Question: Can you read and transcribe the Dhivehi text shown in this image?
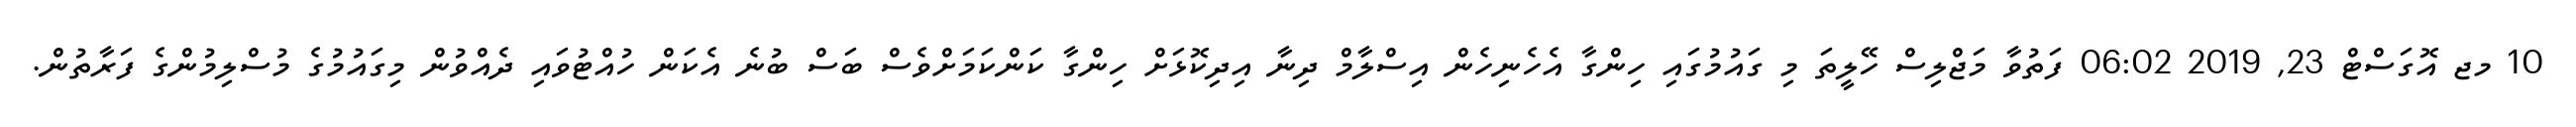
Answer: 10 މޖ އޮގަސްޓް 23, 2019 06:02 ފަތުވާ މަޖްލިސް ހޭލީތަ މި ގައުމުގައި ހިންގާ އެހެނިހެން އިސްލާމް ދިނާ އިދިކޮޅަށް ހިންގާ ކަންކަމަށްވެސް ބަސް ބުނެ އެކަން ހުއްޓުވައި ދެއްވުން މިގައުމުގެ މުސްލިމުންގެ ފަރާތުން.